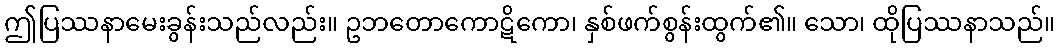
ဤပြဿနာမေးခွန်းသည်လည်း။ ဥဘတောကောဋိကော၊ နှစ်ဖက်စွန်းထွက်၏။ သော၊ ထိုပြဿနာသည်။